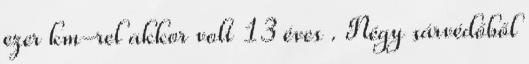
ezer km-rel akkor volt 13 éves . Négy sárvédőből